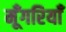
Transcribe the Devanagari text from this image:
मूँगरियाँ